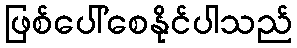
ဖြစ်ပေါ်စေနိုင်ပါသည်